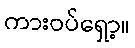
ကားဝပ်ရှော့။